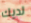
لديك